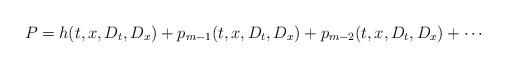
LaTeX: \begin{align*}P=h(t,x,D_t,D_x)+p_{m-1}(t,x,D_t,D_x)+p_{m-2}(t,x,D_t,D_x)+\cdots\end{align*}